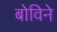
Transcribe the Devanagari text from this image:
बोविने